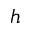
h